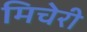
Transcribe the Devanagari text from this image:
मिचेरी